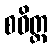
စဝိတ္ထ